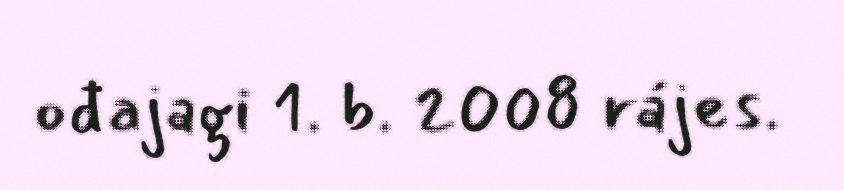
ođajagi 1. b. 2008 rájes.